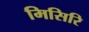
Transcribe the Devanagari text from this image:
मिसिरि